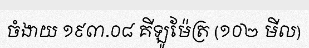
ចំងាយ ១៩៣.០៨ គីឡូម៉ែត្រ (១០២ មីល)